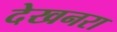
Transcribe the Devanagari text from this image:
देखनरा